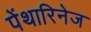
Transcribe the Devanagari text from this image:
पेंथारिनेज